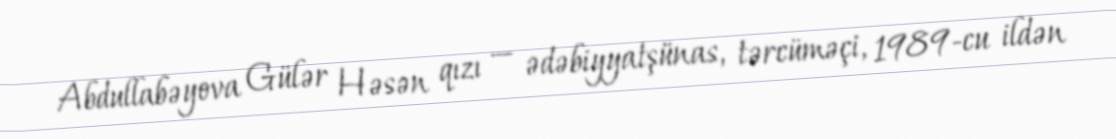
Abdullabəyova Gülər Həsən qızı — ədəbiyyatşünas, tərcüməçi, 1989-cu ildən